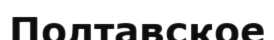
Полтавское